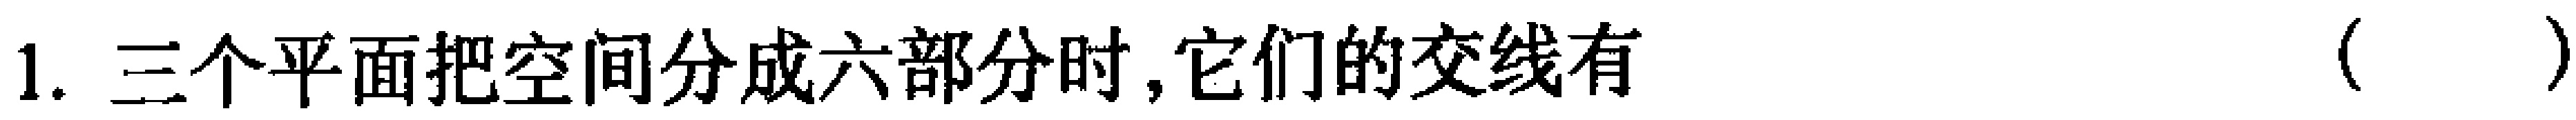
1. 三个平面把空间分成六部分时,它们的交线有 （  ）